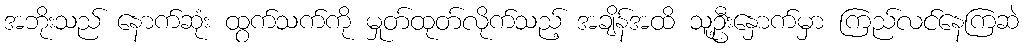
အဘိုးသည် နောက်ဆုံး ထွက်သက်ကို မှုတ်ထုတ်လိုက်သည့် အချိန်အထိ သူ့ဦးနှောက်မှာ ကြည်လင်နေကြဆဲ